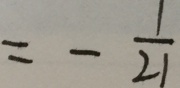
= - \frac { 1 } { 2 1 }